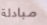
مبادلة